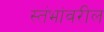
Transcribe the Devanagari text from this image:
स्तंभांवरील